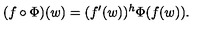
( f \circ \Phi ) ( w ) = ( f ^ { \prime } ( w ) ) ^ { h } \Phi ( f ( w ) ) .